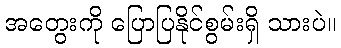
အတွေးကို ပြောပြနိုင်စွမ်းရှိ သားပဲ။